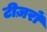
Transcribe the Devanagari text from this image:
टीज़रों